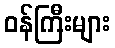
ဝန်ကြီးများ